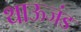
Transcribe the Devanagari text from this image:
थाऊजंड